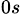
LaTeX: _{0s}